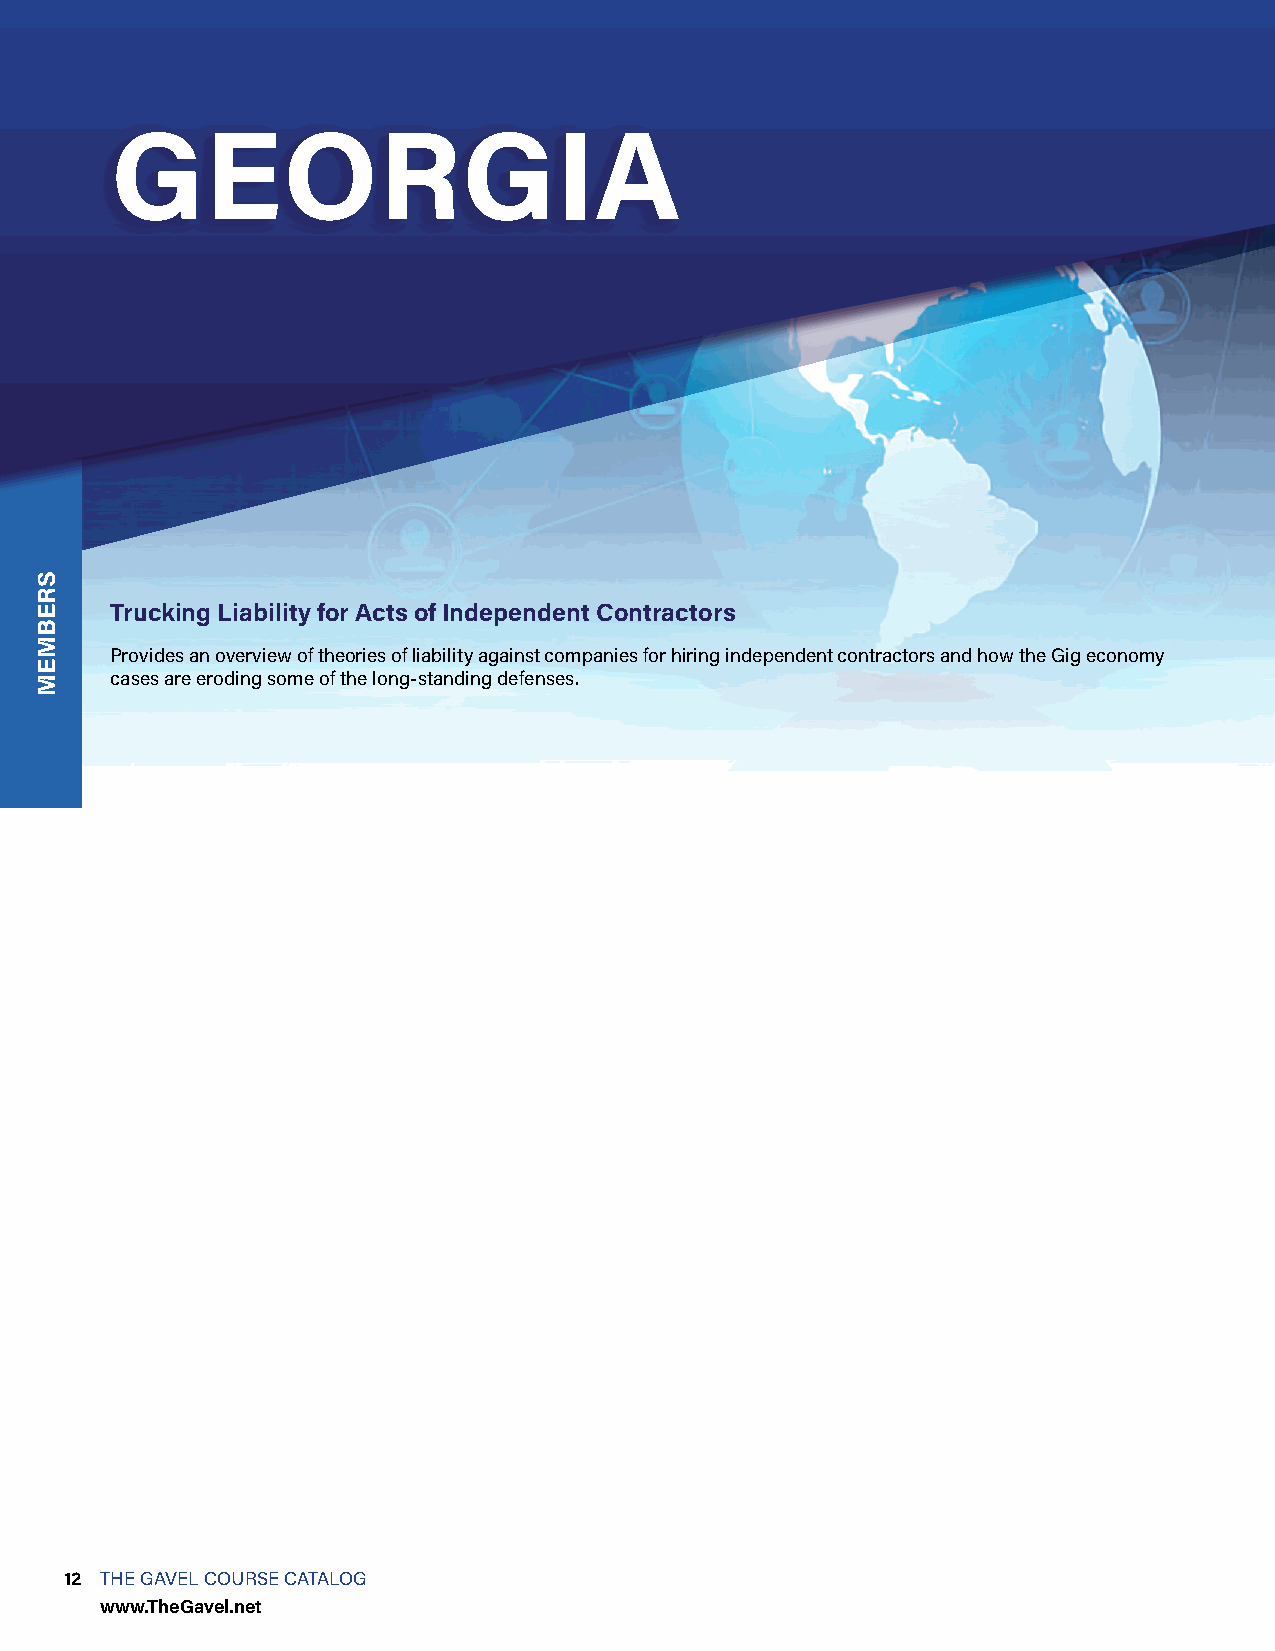
GEORGIA
 Trucking Liability for Acts of Independent Contractors
 Provides an overview of theories of liability against companies for hiring independent contractors and how the Gig economy
 cases are eroding some of the long-standing defenses.
 12 THE GAVEL COURSE CATALOG
 www.TheGavel.net
 SREBMEM